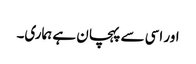
اور اسی سے پہچان ہے ہماری۔